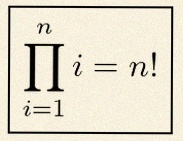
\prod_{i=1}^{n}i=n!